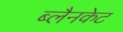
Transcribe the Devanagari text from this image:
ब्लैनकेट